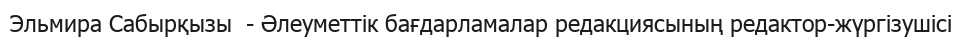
Эльмира Сабырқызы  - Әлеуметтік бағдарламалар редакциясының редактор-жүргізушісі